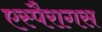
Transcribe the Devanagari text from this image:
एस्पैरागस